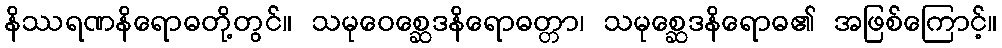
နိဿရဏနိရောဓတို့တွင်။ သမုဝေစ္ဆေဒနိရောဓတ္တာ၊ သမုစ္ဆေဒနိရောဓ၏ အဖြစ်ကြောင့်။